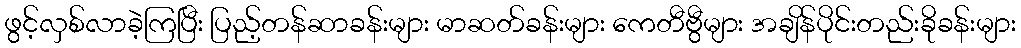
ဖွင့်လှစ်လာခဲ့ကြပြီး ပြည့်တန်ဆာခန်းများ မာဆတ်ခန်းများ ကေတီဗွီများ အချိန်ပိုင်းတည်းခိုခန်းများ